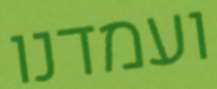
ועמדנו